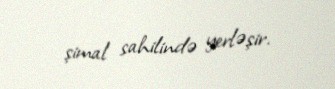
şimal sahilində yerləşir.